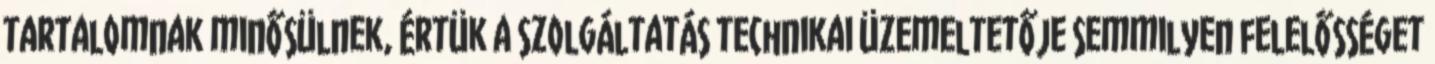
tartalomnak minősülnek, értük a szolgáltatás technikai üzemeltetője semmilyen felelősséget